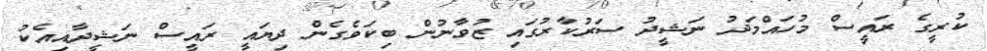
ކުރީގެ ރައީސް މުހައްމަދު ނަޝީދު ސަރުކާރުގައި ޒުވާނުން ބިކަވެގެން ދިޔައީ ރައީސް ނަޝީދާއިއެކު